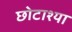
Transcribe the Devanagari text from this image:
छोटाश्या